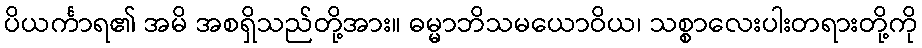
ပိယင်္ကာရ၏ အမိ အစရှိသည်တို့အား။ ဓမ္မာဘိသမယောဝိယ၊ သစ္စာလေးပါးတရားတို့ကို